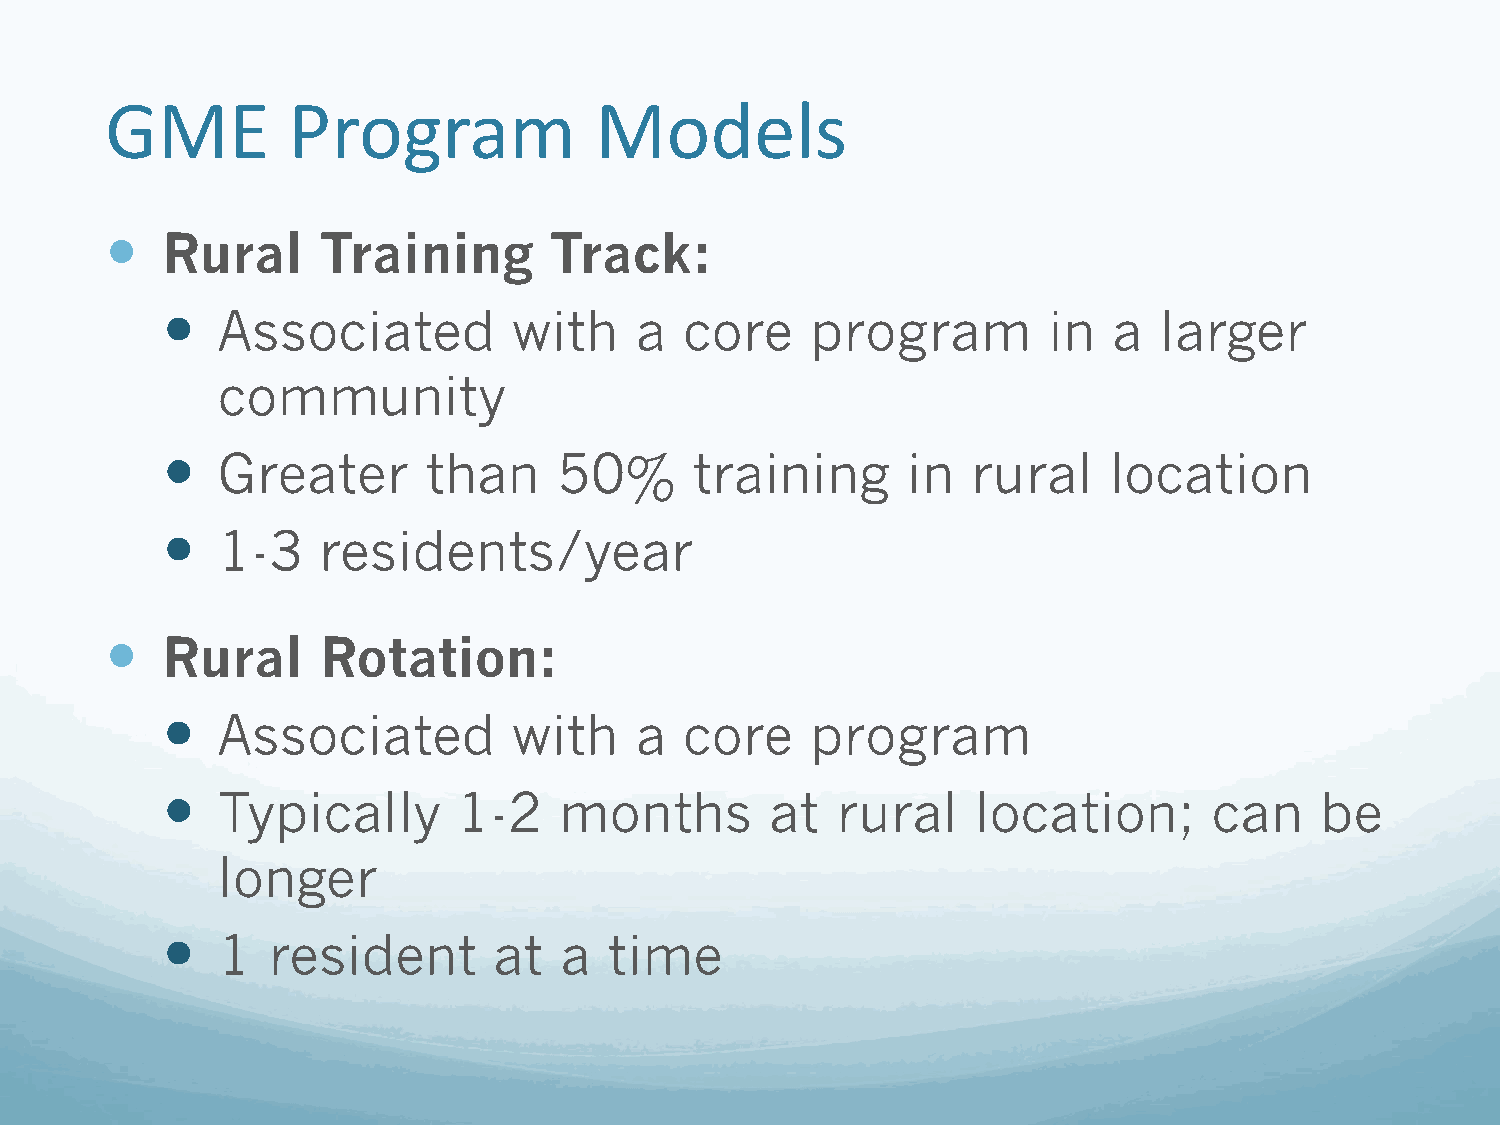
GME         Program             Models
    Rural     Training       Track:
   Associated          with    a  core     program        in   a  larger
 community
   Greater       than     50%      training      in  rural    location
   1-3    residents/year
    Rural     Rotation:
   Associated          with    a  core     program
   Typically       1-2    months        at  rural     location;      can    be
 longer
   1   resident       at  a  time